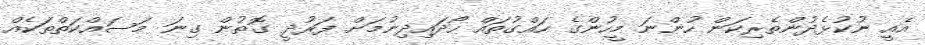
އެއީ ނުކުޅެދުންތެރިކަން ހުންނަ މީހުންގެ ހައްގުތައް ހޯދައިދިނުމަށް ފަރުދީ ގޮތުން ގިނަ މަސައްކަތްތަކެއް